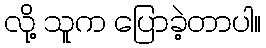
လို့ သူက ပြောခဲ့တာပါ။